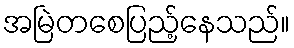
အမြဲတစေပြည့်နေသည်။